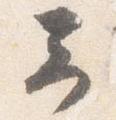
予